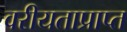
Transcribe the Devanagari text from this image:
वरीयताप्राप्त